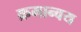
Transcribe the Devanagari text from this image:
क्रमान्वय